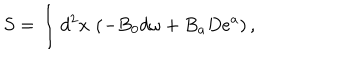
LaTeX: S = \int d ^ { 2 } x \, \left( - B _ { 0 } d \omega + B _ { a } D e ^ { a } \right) ,